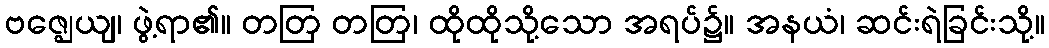
ဗဇ္ဈေယျ၊ ဖွဲ့ရာ၏။ တတြ တတြ၊ ထိုထိုသို့သော အရပ်၌။ အနယံ၊ ဆင်းရဲခြင်းသို့။